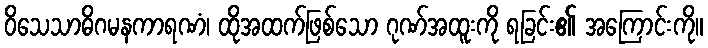
ဝိသေသာဓိဂမနကာရဏံ၊ ထိုအထက်ဖြစ်သော ဂုဏ်အထူးကို ရခြင်း၏ အကြောင်းကို။